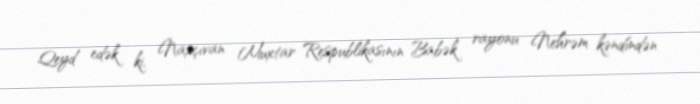
Qeyd edək ki, Naxçıvan Muxtar Respublikasının Babək rayonu Nehrəm kəndindən